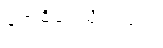
ဗောဓိပင်သို့တည်း။